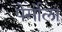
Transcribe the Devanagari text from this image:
पेर्गोला